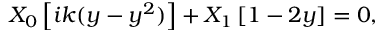
X _ { 0 } \left[ i k ( y - y ^ { 2 } ) \right] + X _ { 1 } \left[ 1 - 2 y \right] = 0 ,